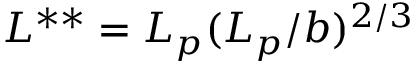
L ^ { * * } = L _ { p } ( L _ { p } / b ) ^ { 2 / 3 }